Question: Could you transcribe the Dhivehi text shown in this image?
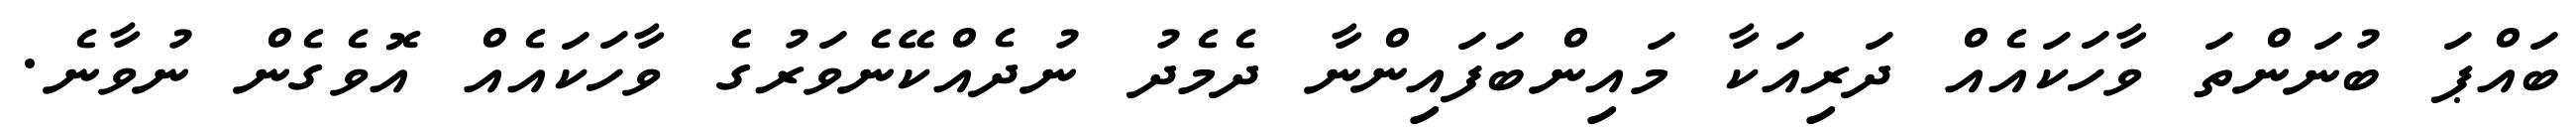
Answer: ބައްޕަ ބުނަންތަ ވާހަކައެއް ދަރިއަކާ މައިންބަފައިންނާ ދެމެދު ނުދެއްކޭނެވަރުގެ ވާހަކައެއް އޮވެގެން ނުވާނެ.